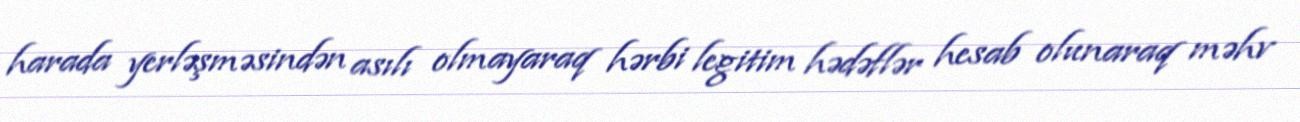
harada yerləşməsindən asılı olmayaraq hərbi legitim hədəflər hesab olunaraq məhv